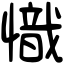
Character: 𢡠